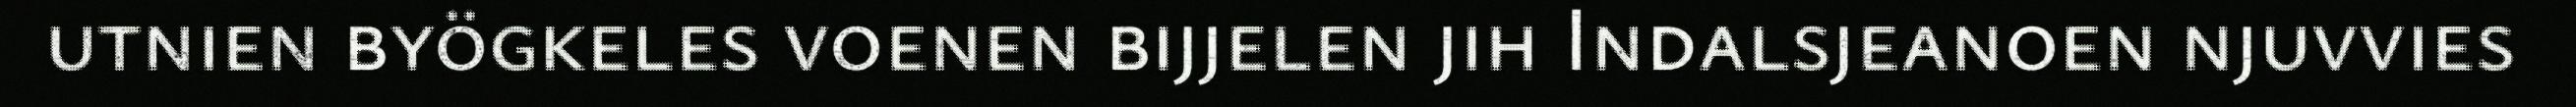
utnien byögkeles voenen bijjelen jih Indalsjeanoen njuvvies